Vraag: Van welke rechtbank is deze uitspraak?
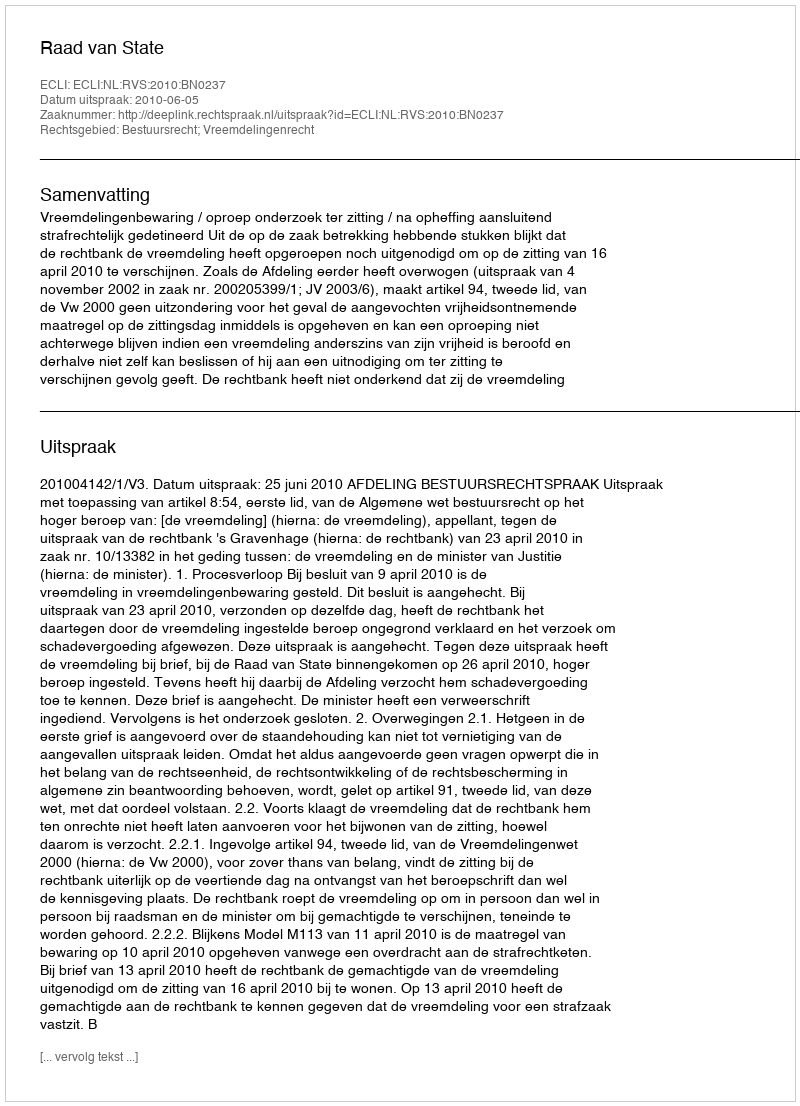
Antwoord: Raad van State